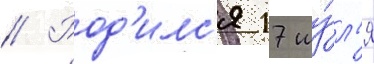
// Род'илс'я 17 иу́л'я